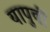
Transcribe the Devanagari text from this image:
यापुर्वी